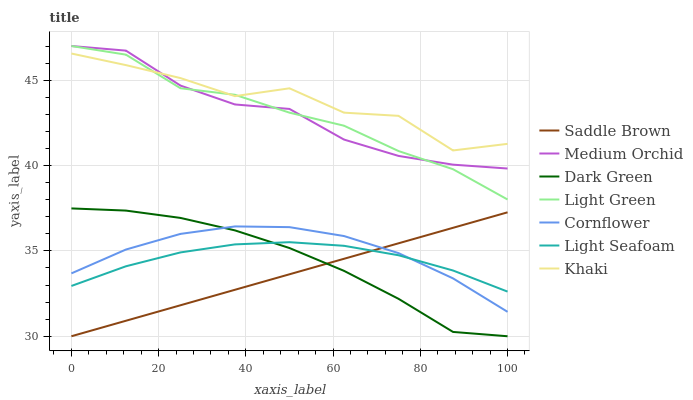
| xaxis_label | Saddle Brown | Medium Orchid | Dark Green | Light Green | Cornflower | Light Seafoam | Khaki |
 | --- | --- | --- | --- | --- | --- | --- | --- |
 | 0 | 30 | 47 | 37.5 | 47 | 33.7 | 32.9 | 46.6 |
 | 12.5 | 30.9 | 46.7 | 37.4 | 46.5 | 35.1 | 34.1 | 45.9 |
 | 25 | 31.8 | 44.7 | 36.9 | 44.5 | 36 | 34.9 | 45.1 |
 | 37.5 | 32.7 | 43.6 | 36.2 | 44.1 | 36.4 | 35.4 | 44.1 |
 | 50 | 33.6 | 43.3 | 35.2 | 43.1 | 36.4 | 35.5 | 44.5 |
 | 62.5 | 34.5 | 41.5 | 33.8 | 42.3 | 35.9 | 35.3 | 43.1 |
 | 75 | 35.4 | 40.6 | 32.2 | 40.8 | 34.9 | 34.7 | 42.9 |
 | 87.5 | 36.4 | 40.1 | 30.3 | 39.8 | 33.4 | 33.9 | 40.9 |
 | 100 | 37.3 | 39.8 | 30 | 38 | 31.4 | 32.6 | 41.3 |